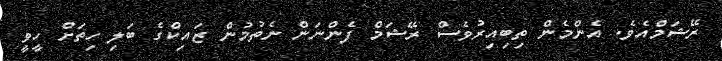
ރޭޝަމްއެވެ. އެންމެން ތިބިއިރުވެސް ރޭޝަމް ފެންނަން ނެތުމުން ޒައިކްގެ ބަލި ހިތަށް ހީވީ